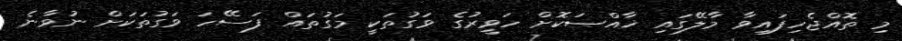
މި ތޮއްޖެހިފައިވާ މާލޭގައި ޚާއްޞަކޮށް ހަވީރުގެ ވަގުތަކީ މަގުތައް ފަސޭހަ ވަގުތަކަށް ނުވާނެ